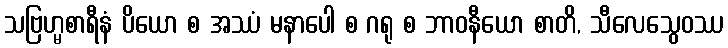
သဗြဟ္မစာရီနံ ပိယော စ အဿံ မနာပေါ စ ဂရု စ ဘာဝနီယော စာတိ, သီလေသွေဝဿ